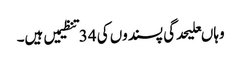
وہاںعلیحدگی پسندوں کی 34تنظیمیں ہیں۔